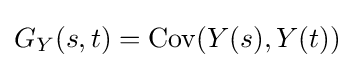
G_{Y}(s,t)=\operatorname {Cov} (Y(s),Y(t))